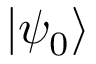
\left| \psi _ { 0 } \right\rangle